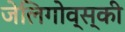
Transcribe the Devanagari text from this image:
जेलिगोव्स्की